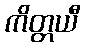
ကိတ္တယီ